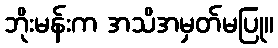
ဘိုးမန်းက အသိအမှတ်မပြု။